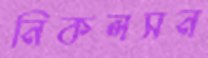
নিকলসন